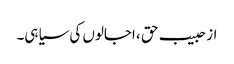
از حبیب حق ، اجالوں کی سیاہی۔